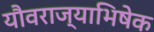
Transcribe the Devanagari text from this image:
यौवराज्याभिषेक